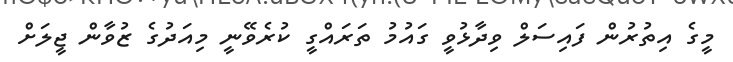
މީގެ އިތުރުން ފައިސަލް ވިދާޅުވީ ގައުމު ތަރައްގީ ކުރެވޭނީ މިއަދުގެ ޒުވާން ޖީލަށް